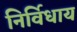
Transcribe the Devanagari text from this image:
निर्विधाय